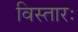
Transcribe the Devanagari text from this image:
विस्तारः